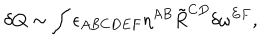
\delta Q \sim \int \epsilon _ { A B C D E F } \eta ^ { A B } \tilde { R } ^ { C D } \delta \omega ^ { E F } ,